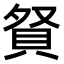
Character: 𧵚